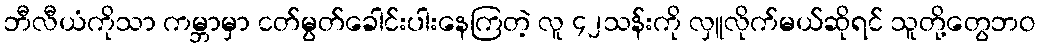
ဘီလီယံကိုသာ ကမ္ဘာမှာ ငတ်မွတ်ခေါင်းပါးနေကြတဲ့ လူ ၄၂သန်းကို လှူလိုက်မယ်ဆိုရင် သူတို့တွေဘဝ